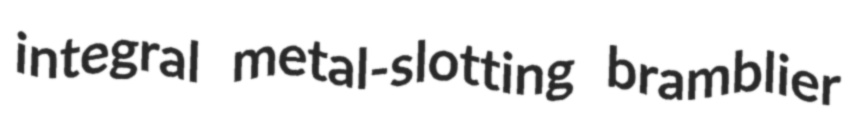
integral metal-slotting bramblier